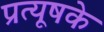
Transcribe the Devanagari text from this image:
प्रत्यूषके